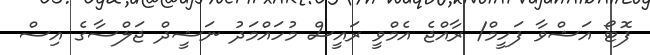
ފޮޓޯ އަޝްވާ ފަހީމް/ ރާއްޖެ އެމްވީ ރައީސް މުހައްމަދު ނަޝީދް ޖަލްސާގެ އިސް